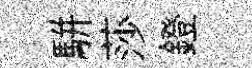
駢莎鐙